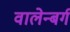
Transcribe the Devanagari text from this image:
वालेन्बर्ग